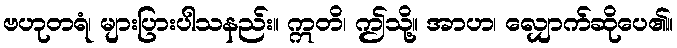
ဗဟုတရံ၊ များပြားပါသနည်း။ ဣတိ၊ ဤသို့။ အာဟ၊ လျှောက်ဆိုပေ၏။